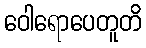
ဝေါရောပေတူတိ